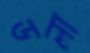
ডলা